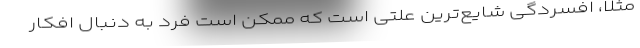
مثلاً، افسردگی شایع‌ترین علتی است که ممکن است فرد به دنبال افکار